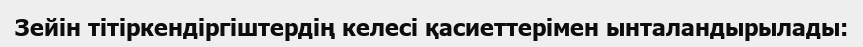
Зейін тітіркендіргіштердің келесі қасиеттерімен ынталандырылады: